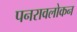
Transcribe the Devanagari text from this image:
पनरावलोकन